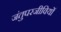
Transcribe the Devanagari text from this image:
जंतुपरजीवियों